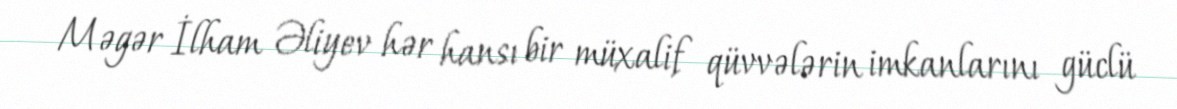
Məgər İlham Əliyev hər hansı bir müxalif qüvvələrin imkanlarını güclü